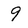
Character: 9